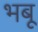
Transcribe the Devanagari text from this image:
भबू